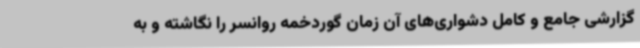
گزارشی جامع و کامل دشواری‌های آن زمان گوردخمه روانسر را نگاشته و به